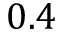
0 . 4